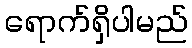
ရောက်ရှိပါမည်